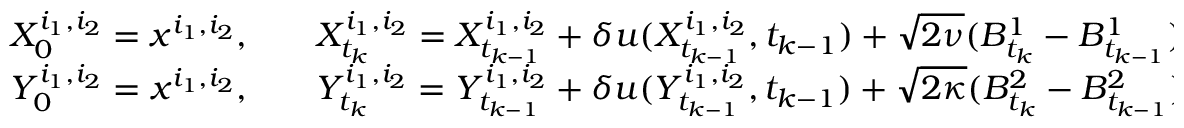
\begin{array} { r l } { X _ { 0 } ^ { i _ { 1 } , i _ { 2 } } = x ^ { i _ { 1 } , i _ { 2 } } , \quad } & { { } X _ { t _ { k } } ^ { i _ { 1 } , i _ { 2 } } = X _ { t _ { k - 1 } } ^ { i _ { 1 } , i _ { 2 } } + \delta u ( X _ { t _ { k - 1 } } ^ { i _ { 1 } , i _ { 2 } } , t _ { k - 1 } ) + \sqrt { 2 \nu } ( B _ { t _ { k } } ^ { 1 } - B _ { t _ { k - 1 } } ^ { 1 } ) , } \\ { Y _ { 0 } ^ { i _ { 1 } , i _ { 2 } } = x ^ { i _ { 1 } , i _ { 2 } } , \quad } & { { } Y _ { t _ { k } } ^ { i _ { 1 } , i _ { 2 } } = Y _ { t _ { k - 1 } } ^ { i _ { 1 } , i _ { 2 } } + \delta u ( Y _ { t _ { k - 1 } } ^ { i _ { 1 } , i _ { 2 } } , t _ { k - 1 } ) + \sqrt { 2 \kappa } ( B _ { t _ { k } } ^ { 2 } - B _ { t _ { k - 1 } } ^ { 2 } ) , } \end{array}